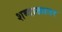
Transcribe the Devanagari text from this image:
शब्दाखातर